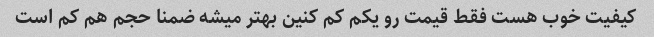
کیفیت خوب هست فقط قیمت رو یکم کم کنین بهتر میشه ضمنا حجم هم کم است